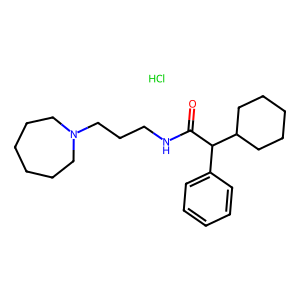
SMILES: Cl.O=C(NCCCN1CCCCCC1)C(c1ccccc1)C1CCCCC1
Inhibits HIV replication: No